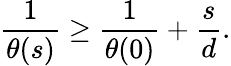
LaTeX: {\frac{1}{\theta(s)}}\geq{\frac{1}{\theta(0)}}+{\frac{s}{d}}.